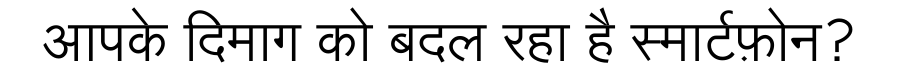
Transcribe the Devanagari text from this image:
आपके दिमाग को बदल रहा है स्मार्टफ़ोन?